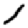
Digit: 1